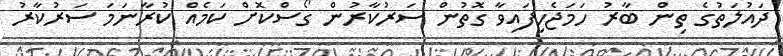
ދައުލަތުގެ ތިން ބާރު ހަމަޖެހިފައިވާ ގޮތުން ސަރުކާރުން ގޯސްކޮށް ކަމެއް ކުރާނަމަ ސަރުކާރު